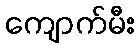
ကျောက်မီး